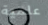
علمية